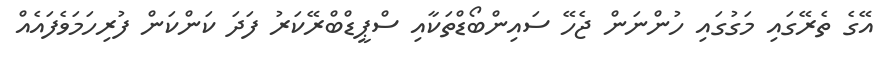
އޭގެ ތެރޭގައި މަގުގައި ހުންނަން ޖެހޭ ސައިންބޯޑްތަކާއި ސްޕީޑްބްރޭކަރު ފަދަ ކަންކަން ފުރިހަމަވެފައެއް